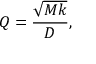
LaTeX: Q = { \frac { \sqrt { M k } } { D } } ,